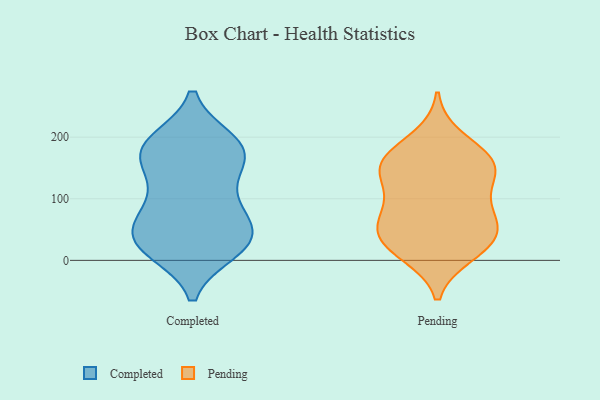
{"axis": {"x": "Satisfaction Score", "y": "Value"}, "legend": ["Completed", "Pending"], "data": [{"x": "", "y": 175, "type": "Completed"}, {"x": "", "y": 184, "type": "Completed"}, {"x": "", "y": 75, "type": "Completed"}, {"x": "", "y": 58, "type": "Completed"}, {"x": "", "y": 187, "type": "Completed"}, {"x": "", "y": 23, "type": "Completed"}, {"x": "", "y": 192, "type": "Completed"}, {"x": "", "y": 45, "type": "Completed"}, {"x": "", "y": 95, "type": "Completed"}, {"x": "", "y": 181, "type": "Completed"}, {"x": "", "y": 25, "type": "Completed"}, {"x": "", "y": 17, "type": "Completed"}, {"x": "", "y": 32, "type": "Completed"}, {"x": "", "y": 31, "type": "Completed"}, {"x": "", "y": 151, "type": "Completed"}, {"x": "", "y": 100, "type": "Completed"}, {"x": "", "y": 158, "type": "Completed"}, {"x": "", "y": 145, "type": "Pending"}, {"x": "", "y": 36, "type": "Pending"}, {"x": "", "y": 166, "type": "Pending"}, {"x": "", "y": 34, "type": "Pending"}, {"x": "", "y": 67, "type": "Pending"}, {"x": "", "y": 10, "type": "Pending"}, {"x": "", "y": 199, "type": "Pending"}, {"x": "", "y": 46, "type": "Pending"}, {"x": "", "y": 78, "type": "Pending"}, {"x": "", "y": 144, "type": "Pending"}, {"x": "", "y": 155, "type": "Pending"}, {"x": "", "y": 109, "type": "Pending"}, {"x": "", "y": 90, "type": "Pending"}, {"x": "", "y": 152, "type": "Pending"}, {"x": "", "y": 166, "type": "Pending"}, {"x": "", "y": 46, "type": "Pending"}, {"x": "", "y": 12, "type": "Pending"}]}